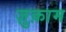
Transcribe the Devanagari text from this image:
ज़ुक़ाम